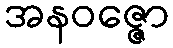
အနဝဇ္ဇော